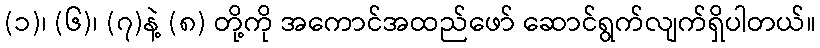
(၁)၊ (၆)၊ (၇)နဲ့ (၈) တို့ကို အကောင်အထည်ဖော် ဆောင်ရွက်လျက်ရှိပါတယ်။